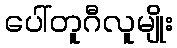
ပေါ်တူဂီလူမျိုး